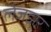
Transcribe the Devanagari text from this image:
लेजझर